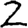
Digit: 2